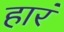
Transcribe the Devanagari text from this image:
हारं